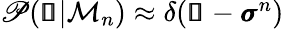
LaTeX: \begin{array}{r}{\mathscr{P}(\pmb{\mathscr{s}}|\mathcal{M}_{n})\approx\delta(\pmb{\mathscr{s}}-\pmb{\sigma}^{n})}\end{array}